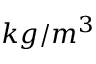
k g / m ^ { 3 }